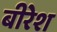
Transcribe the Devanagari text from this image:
बीरेश